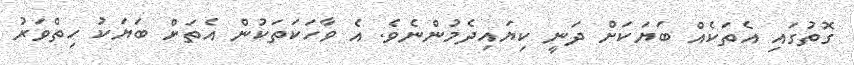
ގޮތުގައި އެތަކެއް ބަޔަކަށް ދަނީ ކިޔައިދެމުންނެވެ. އެ ވާހަކަތަކުން އެތަށް ބަޔަކު ހިތްވަރު